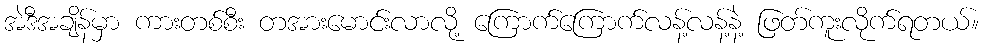
အဲဒီအချိန်မှာ ကားတစ်စီး တအားမောင်းလာလို့ ကြောက်ကြောက်လန့်လန့်နဲ့ ဖြတ်ကူးလိုက်ရတယ်။